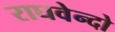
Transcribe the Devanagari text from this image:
राघवेन्दो